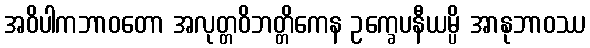
အဝိပါကဘာဝတော အလုတ္တဝိဘတ္တိကေန ဥက္ခေပနီယမ္ပိ အာနုဘာဝဿ